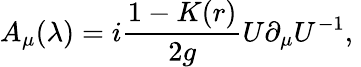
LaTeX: A_{\mu}(\lambda)=i\frac{1-K(r)}{2g}U\partial_{\mu}U^{-1},\;